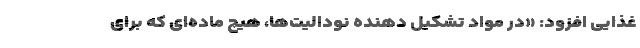
غذایی افزود: «در مواد تشکیل دهنده نودالیت­ها، هیچ ماده­ای که برای